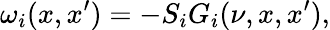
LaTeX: \omega_{i}(x,x^{\prime})=-S_{i}G_{i}(\nu,x,x^{\prime}),